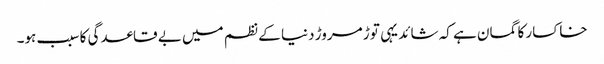
خاکسار کا گمان ہے کہ شائد یہی توڑ مروڑ دنیا کے نظم میں بے قاعدگی کا سبب ہو۔